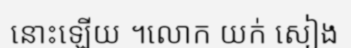
នោះឡើយ ។លោក យក់ សៀង